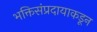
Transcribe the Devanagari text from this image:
भक्तिसंप्रदायाकडून